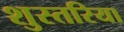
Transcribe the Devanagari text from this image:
शुस्तरिया